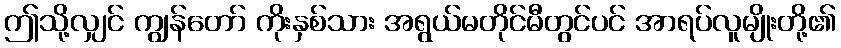
ဤသို့လျှင် ကျွန်တော် ကိုးနှစ်သား အရွယ်မတိုင်မီတွင်ပင် အာရပ်လူမျိုးတို့၏